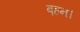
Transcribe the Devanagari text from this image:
ब़हन।